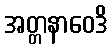
အတ္တနာဝေဒိ